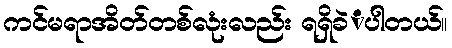
ကင်မရာအိတ်တစ်လုံးလည်း ရရှိခဲံပါတယ်။